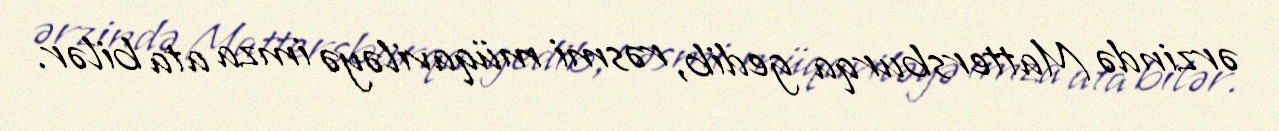
ərzində Mattersburqa gedib, rəsmi müqaviləyə imza ata bilər.